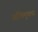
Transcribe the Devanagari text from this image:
अभिमुक्‍ता